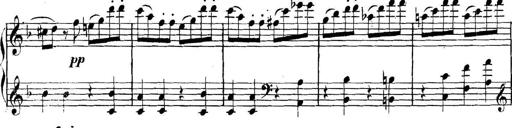
Title: Collected Piano Sonatas
Composer: Muzio Clementi